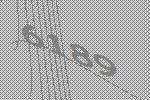
6189